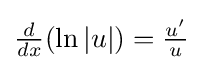
{\tfrac {d}{dx}}(\ln |u|)={\tfrac {u'}{u}}